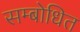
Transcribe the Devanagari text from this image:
सम्‍बोधित